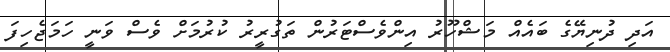
އަދި ދުނިޔޭގެ ބައެއް މަޝްހޫރު އިންވެސްޓަރުން ތަގުރީރު ކުރުމަށް ވެސް ވަނީ ހަމަޖެހިފަ